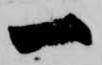
一